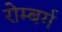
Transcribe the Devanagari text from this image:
रोम्बर्ग